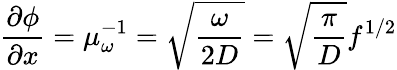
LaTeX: \frac{\partial{\phi}}{\partial{x}}=\mu_{\omega}^{-1}=\sqrt{\frac{\omega}{2D}}=\sqrt{\frac{\pi}{D}}f^{1/2}